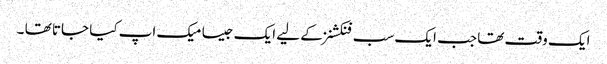
ایک وقت تھا جب ایک سب فنکشنز کے لیے ایک جیسا میک اپ کیا جاتا تھا ۔